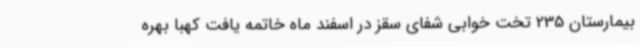
بیمارستان 235 تخت خوابی شفای سقز در اسفند ماه خاتمه یافت کهبا بهره